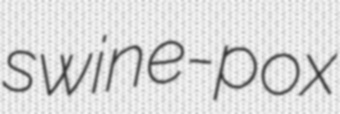
swine-pox